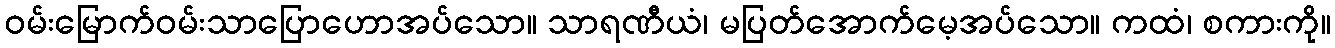
ဝမ်းမြောက်ဝမ်းသာပြောဟောအပ်သော။ သာရဏီယံ၊ မပြတ်အောက်မေ့အပ်သော။ ကထံ၊ စကားကို။